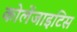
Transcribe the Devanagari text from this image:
कोलेंजाइटिस